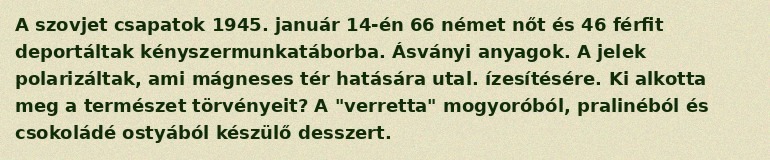
A szovjet csapatok 1945. január 14-én 66 német nőt és 46 férfit deportáltak kényszermunkatáborba. Ásványi anyagok. A jelek polarizáltak, ami mágneses tér hatására utal. ízesítésére. Ki alkotta meg a természet törvényeit? A "verretta" mogyoróból, pralinéból és csokoládé ostyából készülő desszert.